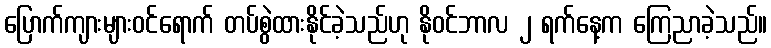
ပြောက်ကျားများဝင်ရောက် တပ်စွဲထားနိုင်ခဲ့သည်ဟု နိုဝင်ဘာလ ၂ ရက်နေ့က ကြေညာခဲ့သည်။